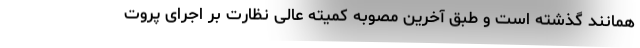
همانند گذشته است و طبق آخرین مصوبه کمیته عالی نظارت بر اجرای پروت